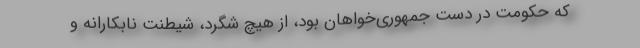
که حکومت در دست جمهوری‌خواهان بود، از هیچ شگرد، شیطنت نابکارانه و